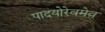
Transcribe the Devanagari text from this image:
पादयोरेवमेव